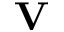
\bf V